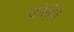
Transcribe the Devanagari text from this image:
कोईने